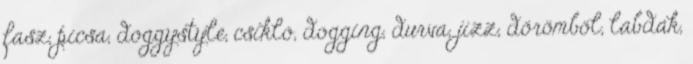
fasz, picsa, doggystyle, csikló, dogging, durva, jizz, dörömböl, labdák,